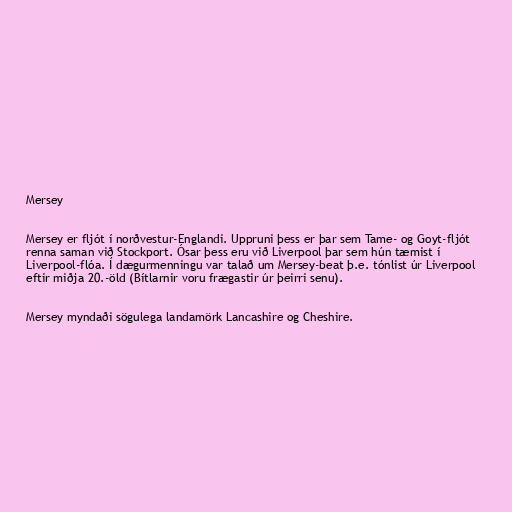
Mersey

Mersey er fljót í norðvestur-Englandi. Uppruni þess er þar sem Tame- og Goyt-fljót
renna saman við Stockport. Ósar þess eru við Liverpool þar sem hún tæmist í
Liverpool-flóa. Í dægurmenningu var talað um Mersey-beat þ.e. tónlist úr Liverpool
eftir miðja 20.-öld (Bítlarnir voru frægastir úr þeirri senu).

Mersey myndaði sögulega landamörk Lancashire og Cheshire.